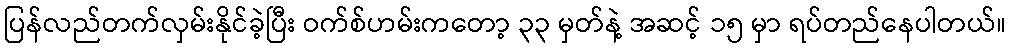
ပြန်လည်တက်လှမ်းနိုင်ခဲ့ပြီး ဝက်စ်ဟမ်းကတော့ ၃၃ မှတ်နဲ့ အဆင့် ၁၅ မှာ ရပ်တည်နေပါတယ်။